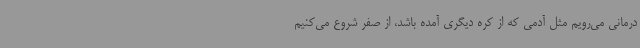
درمانی می‌رویم مثل آدمی که از کره دیگری آمده باشد، از صفر شروع می‌کنیم